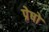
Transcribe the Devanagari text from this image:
प्रेषों